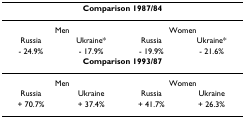
<table><thead><tr><td colspan="4"><b>Comparison 1987/84</b></td></tr></thead><tbody><tr><td colspan="2">Men</td><td colspan="2">Women</td></tr><tr><td>Russia</td><td>Ukraine*</td><td>Russia</td><td>Ukraine*</td></tr><tr><td>- 24.9%</td><td>- 17.9%</td><td>- 19.9%</td><td>- 21.6%</td></tr><tr><td colspan="4"><b>Comparison 1993/87</b></td></tr><tr><td colspan="2">Men</td><td colspan="2">Women</td></tr><tr><td>Russia</td><td>Ukraine</td><td>Russia</td><td>Ukraine</td></tr><tr><td>+ 70.7%</td><td>+ 37.4%</td><td>+ 41.7%</td><td>+ 26.3%</td></tr></tbody></table>